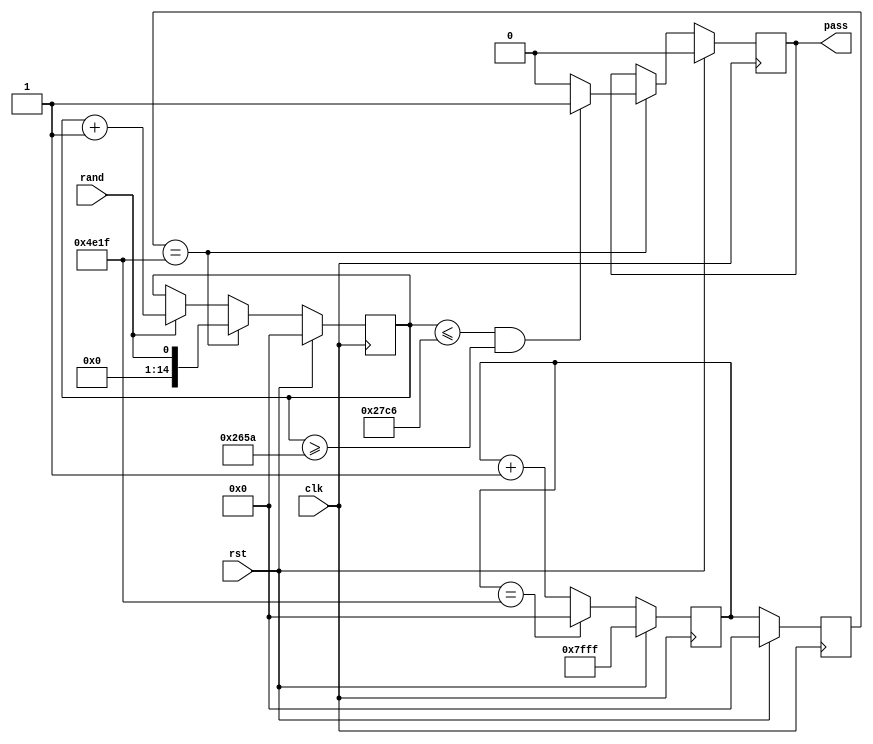
module Frequency(
    input wire clk,
	 input wire rst,
    input wire rand,
    output reg pass
    );
	 
parameter N = 20000, U = 10182, L = 9818;

reg [14:0] count_bits0, count_bits1, count_ones;

always @(posedge clk)
	if (rst) begin
		count_bits0 <= 15'H7FFF;
		count_bits1 <= 0;
		count_ones <= 0;
		pass <= 0;
	end
	else begin 
		count_bits0 <= count_bits0 + 1;
		count_bits1 <= count_bits0;
		if (count_bits0 == (N-1)) begin
			count_bits0 <= 0;
		end
		
		if (rand) count_ones <= count_ones + 1;				
		
		if (count_bits1 == (N-1)) begin
			count_ones <= rand;
			if ((count_ones <= U) && (count_ones >= L)) pass <= 1;
			else pass <= 0;
		end
	end

endmodule